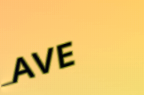
AVE